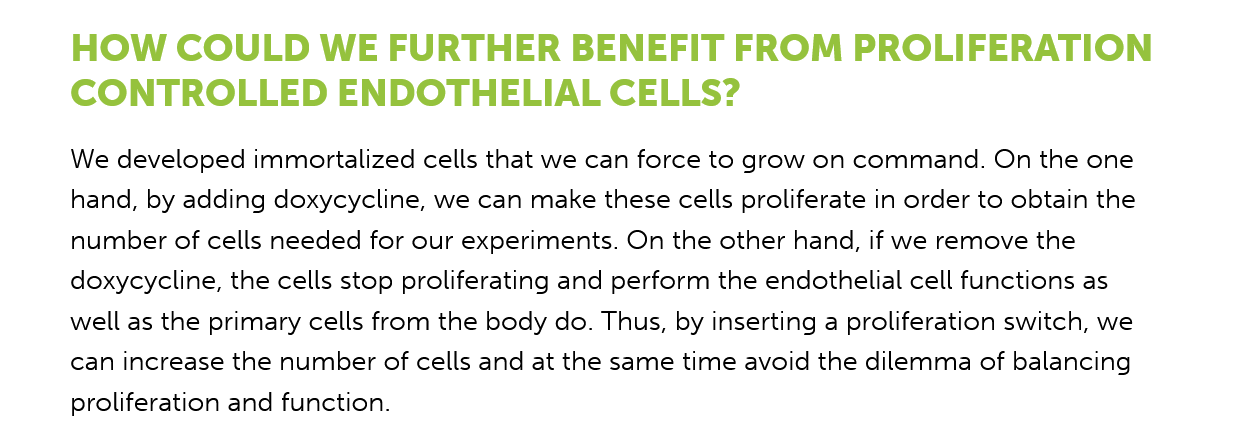
HOW    COULD    WE   FURTHER    BENEFIT    FROM    PROLIFERATION
     CONTROLLED    ENDOTHELIAL    CELLS?
     We developed immortalized cells that we can force to grow on command. On the one
     hand, by adding doxycycline, we can make these cells proliferate in order to obtain the
     number of cells needed for our experiments. On the other hand, if we remove the
     doxycycline, the cells stop proliferating and perform the endothelial cell functions as
     well as the primary cells from the body do. Thus, by inserting a proliferation switch, we
     can increase the number of cells and at the same time avoid the dilemma of balancing
     proliferation and function.